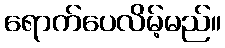
ရောက်ပေလိမ့်မည်။